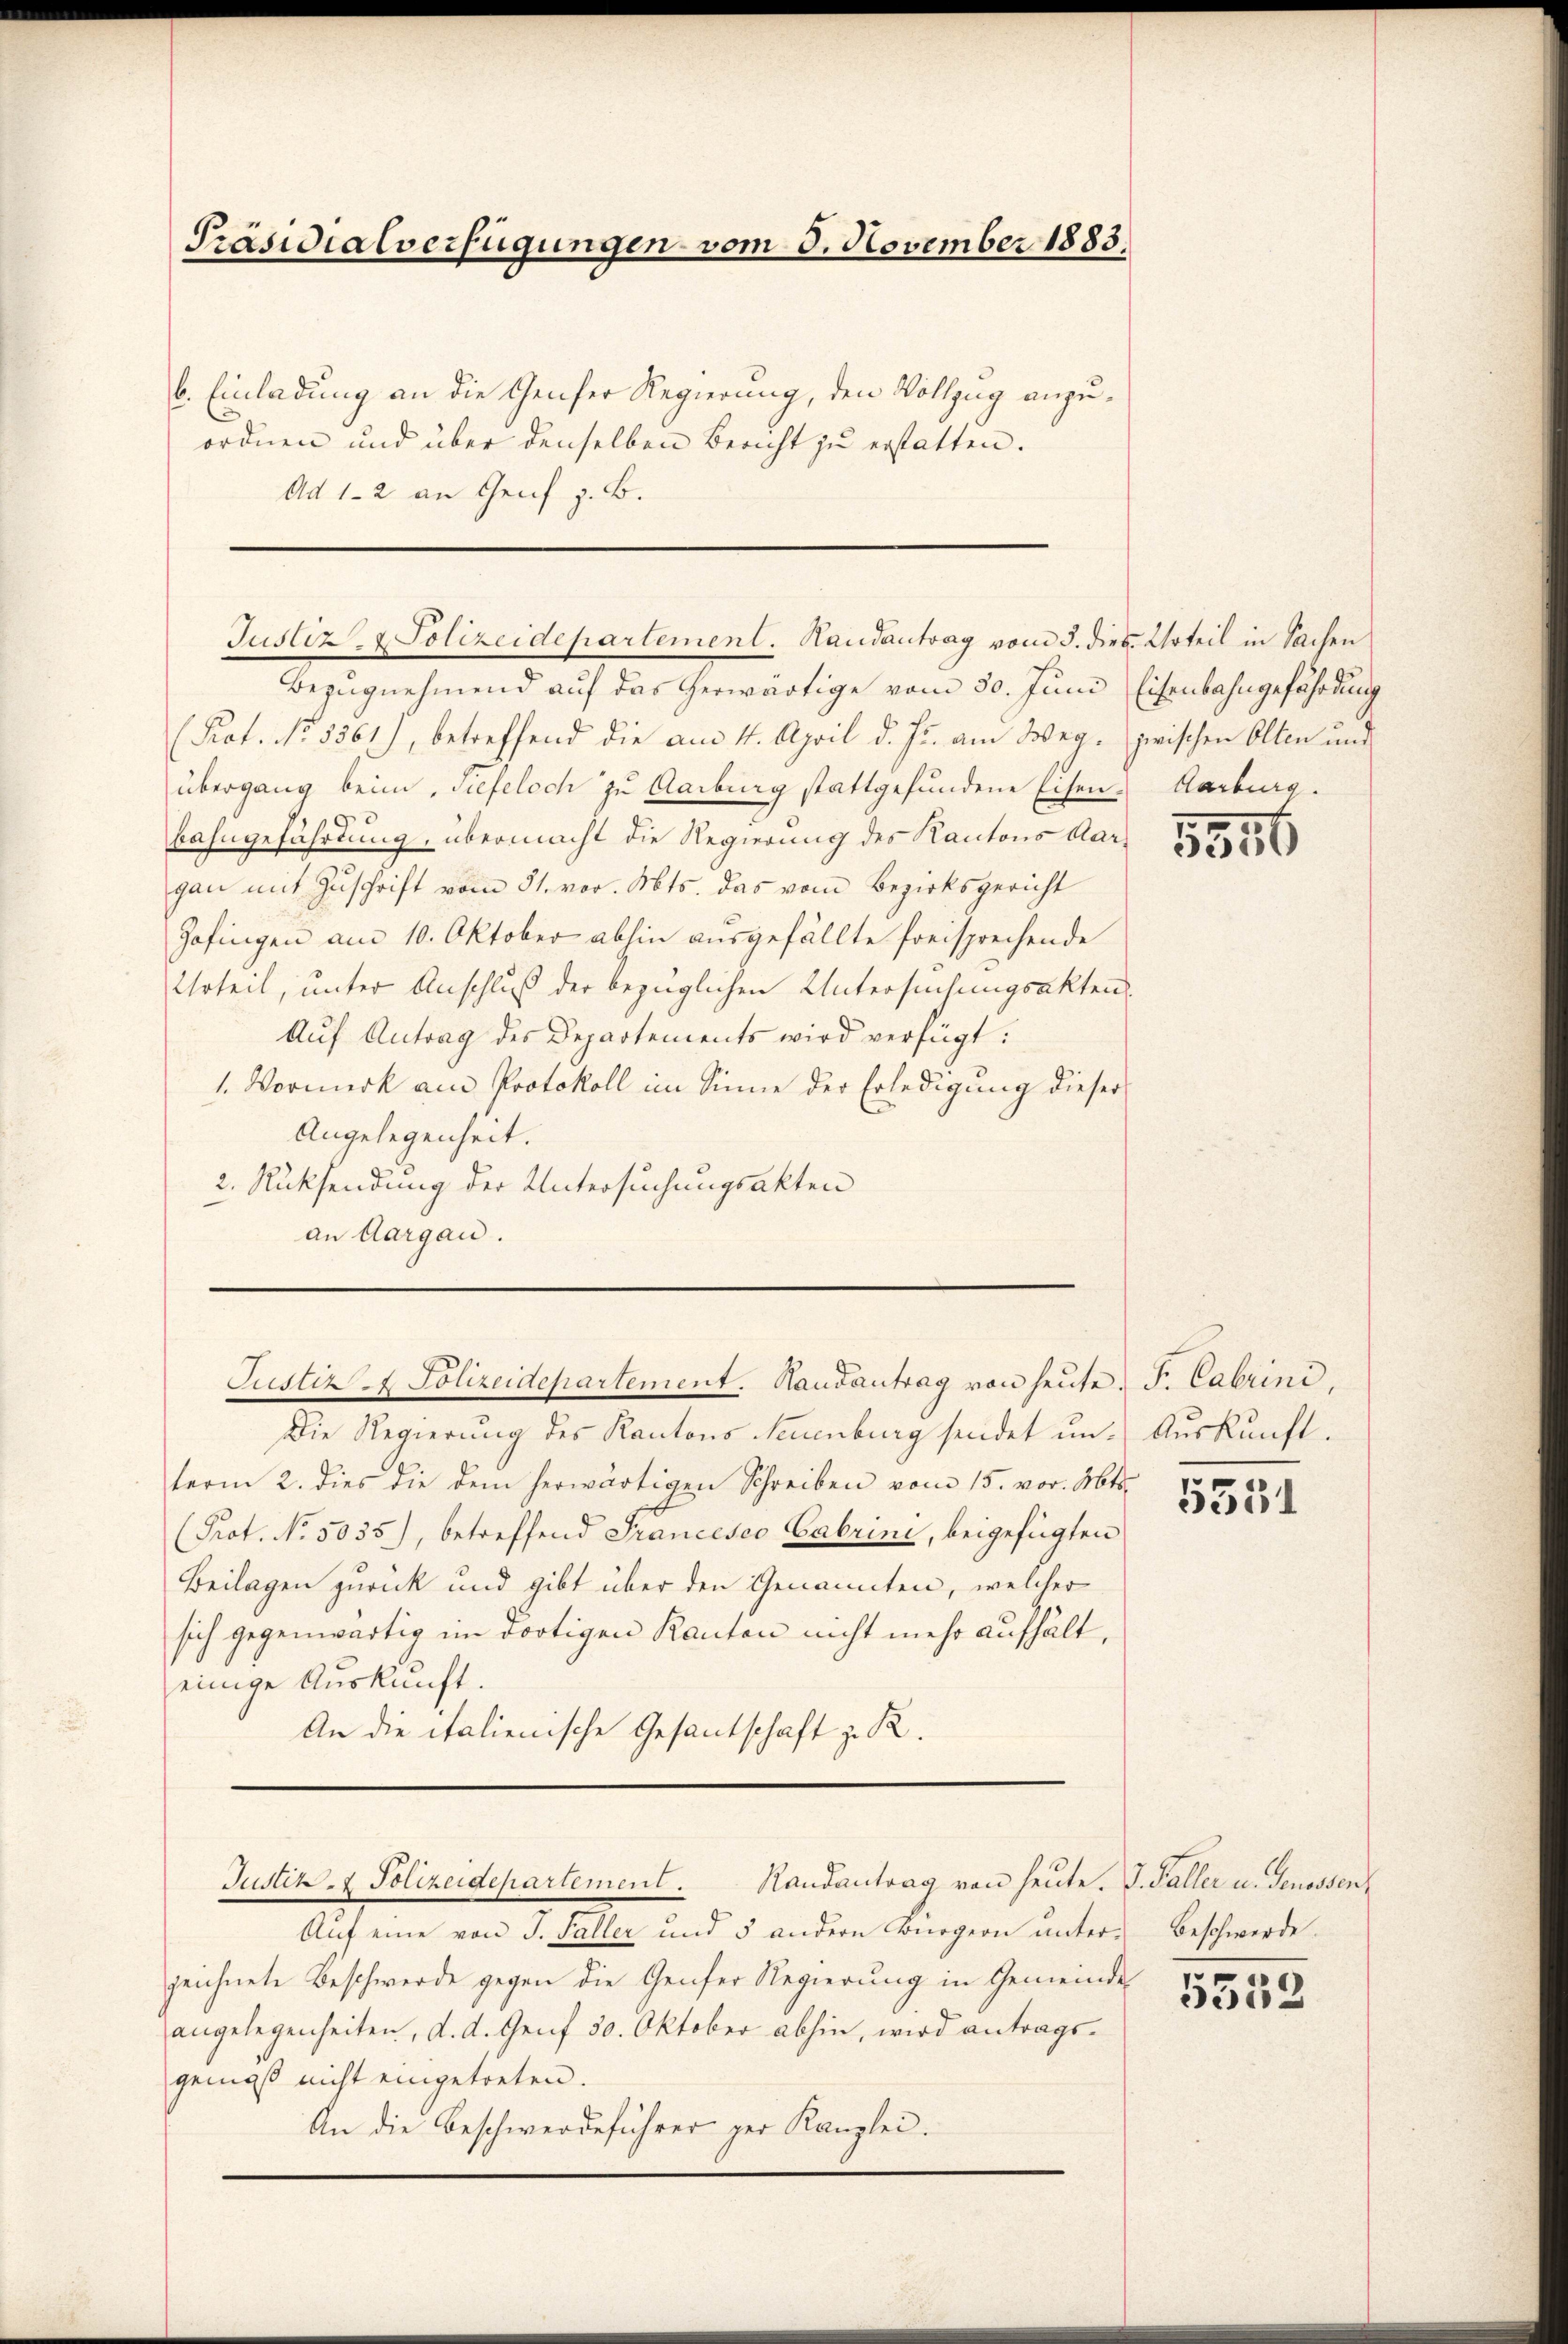
Präsidialverfügungen vom 8. November 1883.

b. Einladung an die Genfer Regierung, den Vollzug anzuordnen und über denselben Bericht zu erstatten.
Ad 1-2 an Genf z. B.

Justiz- & Polizeidepartement. Handantrag vom 3. dies Urteil in Sachen

Bezugnehmend auf das herwärtige vom 30. Juni Eisenbahngefährdung
(Prot. No. 5361), betreffend die am 4. April d. Js. am Weg. zwischen Olten und
übergang beim Tiefeloch zu Aarburg stattgefundene Eisen. Karburg.
bahngefährtung, übermacht die Regierung des Kantons Aargan mit Zŭschrift vom 31. vor. Mts. das vom Bezirksgericht
Zofingen am 10. Oktober abhin ausgefällte freisprechende
Urteil, unter Anschluß der bezüglichen Untersuchungsaktei
Aŭf Antrag des Departements wird verfügt:
1. Vormerk am Protokoll im Sinne der Erledigung diese
Angelegenheit.
2. Rücksendung der Untersuchungsakten
an Aargau.
Die Regierung des Kantons Neuenburg sendet un- Auskunft.
term 2. dies die dem herwärtigen Schreiben vom 15. vor. Mts.
(Prot. No. 5035), betreffend Francesco Cabrini, beigefügten
Beilagen zurück und gibt über den Genannten, welcher
sich gegenwärtig im dortigen Kanton nicht mehr aufhält,
einige Auskunft.
An die italienische Gesantschaft zu R
Justiz- & Polizeidepartement . Handantrag von heŭte.
Auf eine von J. Faller und 5 andern Bürgern unterzeichnete Beschwerde gegen die Genfer Regierung in Gemeinangelegenheiten, d. d. Genf 30. Oktober abhin, wird antragsgemäß nicht eingetreten.
An die Beschwerdeführer ger Kanzlei.

Justiz - Polizeidepartement. Hausantrag von heute. F. Cabrini,

5546

5351

d. Paller u. Genossen
Beschwerde.

4

5552